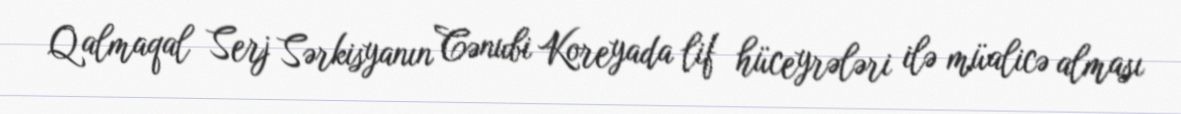
Qalmaqal Serj Sərkisyanın Cənubi Koreyada lif hüceyrələri ilə müalicə alması